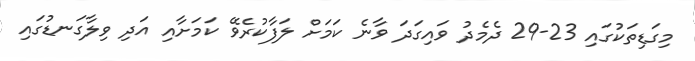
މިގަޑިތަކުގައި 23-29 ދެމެދު ވައިގަދަ ވާނެ ކަމަށް ލަފާކުރެވޭ ކަމަށާއި އަދި ވިލާގަނޑުގައި